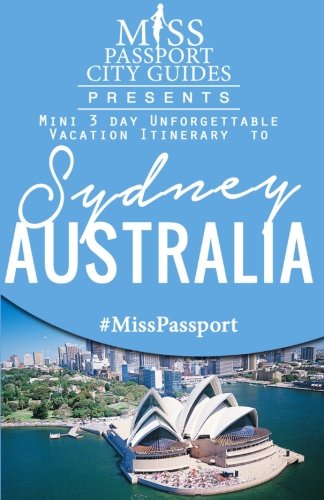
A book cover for Miss Passport City Guides Presents:  Mini 3 day Unforgettable Vacation Itinerary to Sydney, Australia (Miss Passport City Guides Books); Sharon Bell; Travel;